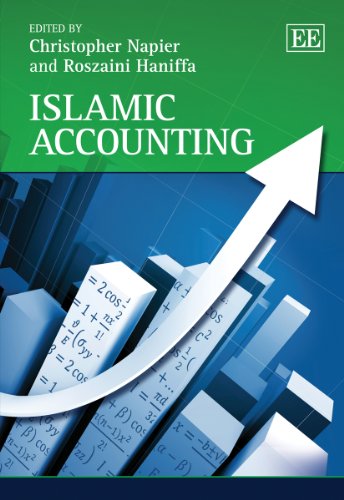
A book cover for Islamic Accounting (Elgar Mini Series); Christopher Napier; Business & Money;